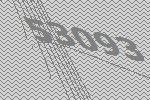
53093